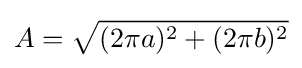
A={\sqrt {(2\pi a)^{2}+(2\pi b)^{2}}}